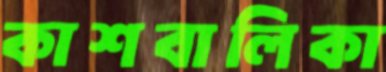
কাশবালিকা